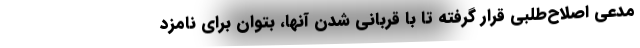
مدعی اصلاح‌طلبی قرار گرفته تا با قربانی شدن آنها، بتوان برای نامزد